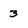
Character: 3